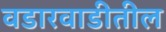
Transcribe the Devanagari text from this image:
वडारवाडीतील